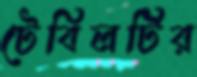
টেবিলটির